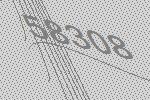
58308